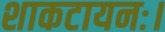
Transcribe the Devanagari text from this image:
शाकटायनः।